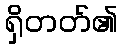
ရှိတတ်၏